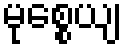
မုစ္စေယျ